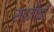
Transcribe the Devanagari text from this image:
सब्जीयाँ